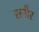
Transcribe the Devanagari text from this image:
सनौर